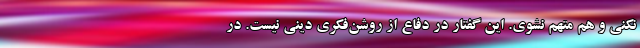
نکنی و هم متهم نشوی. این گفتار در دفاع از روشن‌فکری دینی نیست. در